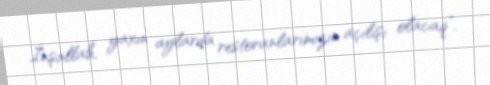
İnşallah, yaxın aylarda restoranlarımızın açılışı olacaq”.